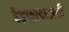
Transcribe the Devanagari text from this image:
हैद्राबादसाठी